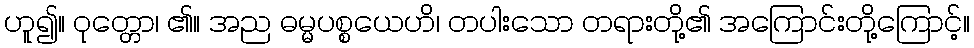
ဟူ၍။ ဝုတ္တော၊ ၏။ အည ဓမ္မပစ္စယေဟိ၊ တပါးသော တရားတို့၏ အကြောင်းတို့ကြောင့်။